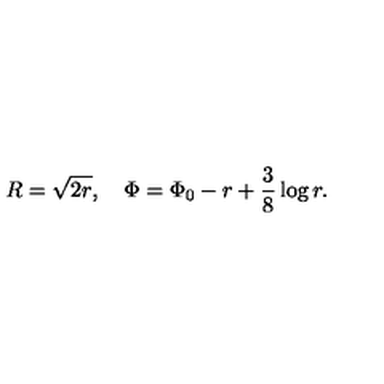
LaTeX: R = \sqrt { 2 r } , \quad \Phi = \Phi _ { 0 } - r + \frac { 3 } { 8 } \log r .